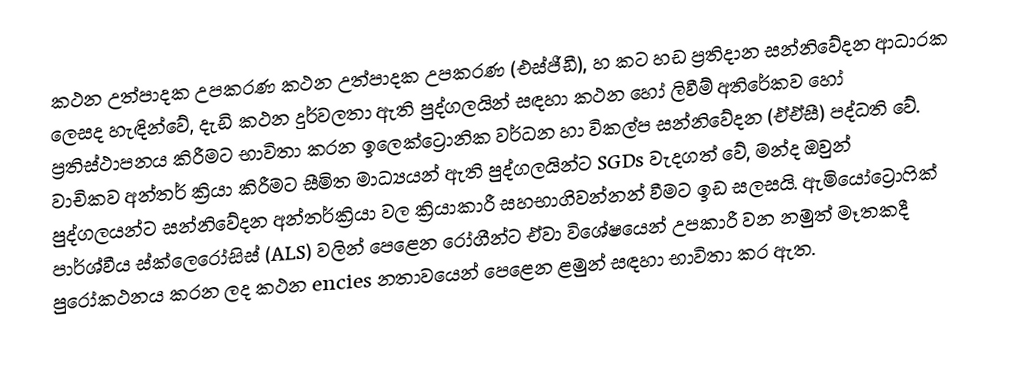
කථන උත්පාදක උපකරණ කථන උත්පාදක උපකරණ (එස්ජීඩී), හ කට හඩ ප්‍රතිදාන සන්නිවේදන ආධාරක ලෙසද හැඳින්වේ, දැඩි කථන දුර්වලතා ඇති පුද්ගලයින් සඳහා කථන හෝ ලිවීම් අතිරේකව හෝ ප්‍රතිස්ථාපනය කිරීමට භාවිතා කරන ඉලෙක්ට්‍රොනික වර්ධන හා විකල්ප සන්නිවේදන (ඒඒසී) පද්ධති වේ. වාචිකව අන්තර් ක්‍රියා කිරීමට සීමිත මාධ්‍යයන් ඇති පුද්ගලයින්ට SGDs වැදගත් වේ, මන්ද ඔවුන් පුද්ගලයන්ට සන්නිවේදන අන්තර්ක්‍රියා වල ක්‍රියාකාරී සහභාගිවන්නන් වීමට ඉඩ සලසයි. ඇමියෝට්‍රොෆික් පාර්ශ්වීය ස්ක්ලෙරෝසිස් (ALS) වලින් පෙළෙන රෝගීන්ට ඒවා විශේෂයෙන් උපකාරී වන නමුත් මෑතකදී පුරෝකථනය කරන ලද කථන encies නතාවයෙන් පෙළෙන ළමුන් සඳහා භාවිතා කර ඇත.